Vaccination in Bombay 1863-1868 - 1863-1868
Year: 1863
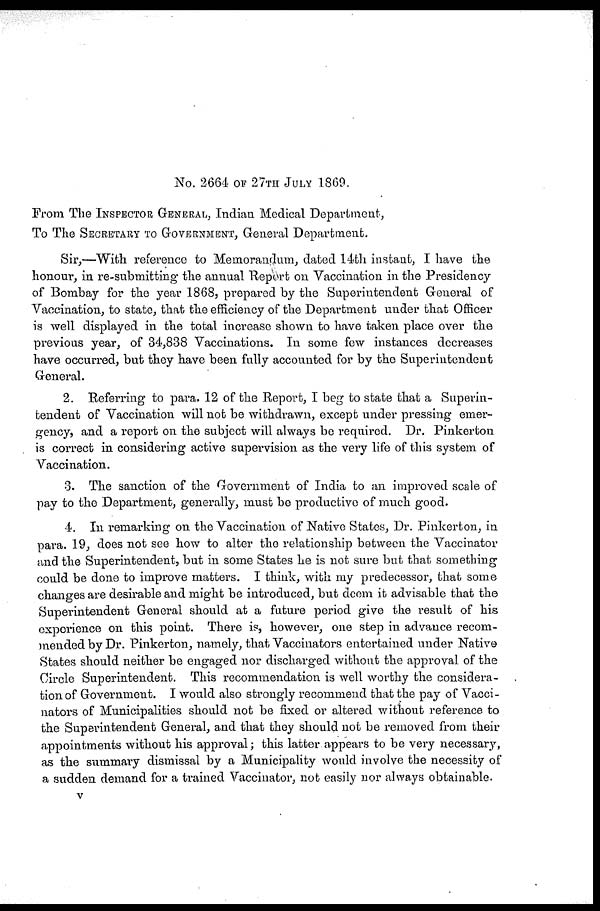
No. 2664 OF 27TH JULY 1869.
From The INSPECTOR GENERAL, Indian. Medical Department,
To The SECRETARY TO GOVERNMENT, General Department.
Sir,—With reference to Memorandum, dated 14th instant, I have the
honour, in re-submitting the annual Report on Vaccination in the Presidency
of Bombay for the year 1868, prepared by the Superintendent General of
Vaccination, to state, that the efficiency of the Department under that Officer
is well displayed in the total increase shown to have taken place over the
previous year, of 34,838 Vaccinations. In some few instances decreases
have occurred, but they have been fully accounted for by the Superintendent
General.
2. Referring to para. 12 of the Report, I beg to state that a Superin-
tendent of Vaccination will not be withdrawn, except under pressing emer-
gency, and a report on the subject will always be required. Dr. Pinkerton
is correct in considering active supervision as the very life of this system of
Vaccination.
3. The sanction of the Government of India to an improved scale of
pay to the Department, generally, must be productive of much good.
4. In remarking on the Vaccination of Native States, Dr. Pinkerton, in
para. 19, does not see how to alter the relationship between the Vaccinator
and the Superintendent, but in some States he is not sure but that something
could be done to improve matters. I think, with my predecessor, that some
changes are desirable and might be introduced, but deem it advisable that the
Superintendent General should at a future period give the result of his
experience on this point. There is, however, one step in advance recom-
mended by Dr. Pinkerton, namely, that Vaccinators entertained under Native
States should neither be engaged nor discharged without the approval of the
Circle Superintendent. This recommendation is well worthy the considera-
tion of Government. I would also strongly recommend that the pay of Vacci-
nators of Municipalities should not be fixed or altered without reference to
the Superintendent General, and that they should not be removed from their
appointments without his approval; this latter appears to be very necessary,
as the summary dismissal by a Municipality would involve the necessity of
a sudden demand for a trained Vaccinator, not easily nor always obtainable.
v